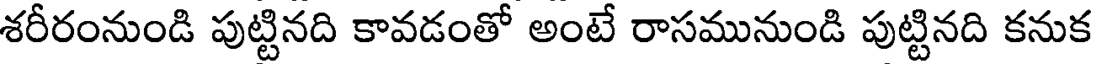
శరీరంనుండి పుట్టినది కావడంతో అంటే రాసమునుండి పుట్టినది కనుక